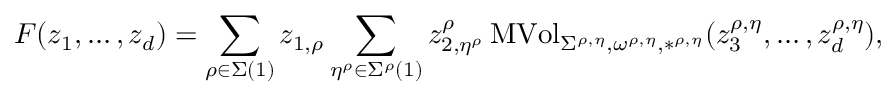
F ( z _ { 1 } , \dots , z _ { d } ) = \sum _ { \rho \in \Sigma ( 1 ) } z _ { 1 , \rho } \sum _ { \eta ^ { \rho } \in \Sigma ^ { \rho } ( 1 ) } z _ { 2 , \eta ^ { \rho } } ^ { \rho } \operatorname { M V o l } _ { \Sigma ^ { \rho , \eta } , \omega ^ { \rho , \eta } , * ^ { \rho , \eta } } ( z _ { 3 } ^ { \rho , \eta } , \dots , z _ { d } ^ { \rho , \eta } ) ,